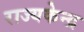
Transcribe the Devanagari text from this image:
राज्यकेन्द्र